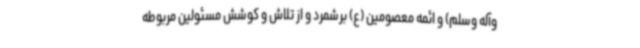
وآله وسلم) و ائمه معصومین (ع) برشمرد و از تلاش و کوشش مسئولین مربوطه